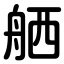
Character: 舾